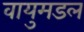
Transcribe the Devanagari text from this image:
वायुमडल